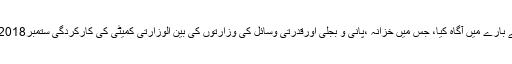
سیکرٹری پانی و بجلی نے اجلاس کو کمپنی کے گزشتہ اجلاس میں کئے گئے فیصلوں پر پیشرفت کے بارے میں آگاہ کیا، جس میں خزانہ ،پانی و بجلی اورقدرتی وسائل کی وزارتوں کی بین الوزارتی کمیٹی کی کارکردگی ستمبر2018 تک بجلی کی طلب اور رسد کا تجزیہ اور بند پڑے بجلی گھروںکو فعال بنانے کے فیصلے شامل ہیں۔